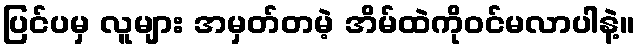
ပြင်ပမှ လူများ အမှတ်တမဲ့ အိမ်ထဲကိုဝင်မလာပါနဲ့။